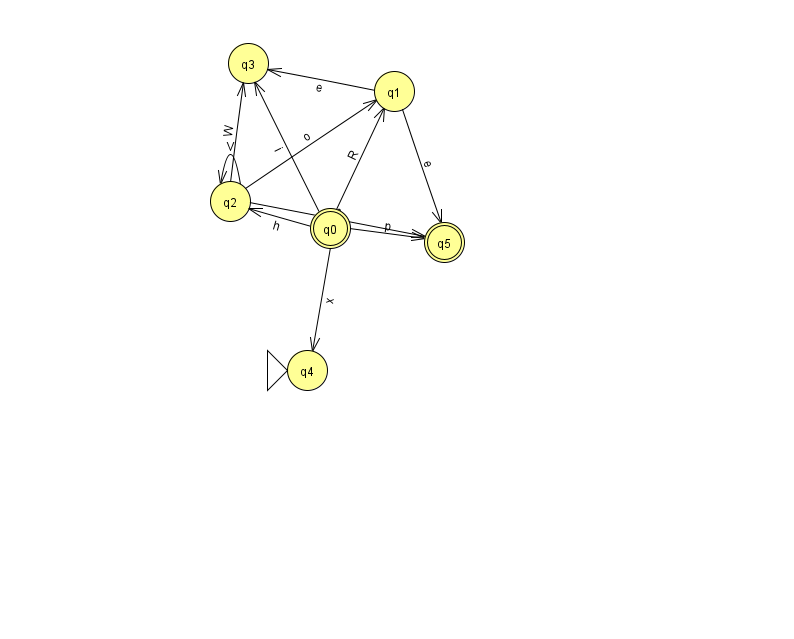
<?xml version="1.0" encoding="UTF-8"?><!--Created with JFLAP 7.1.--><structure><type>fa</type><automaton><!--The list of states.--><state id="0" name="q0"><x>330.0</x><y>215.0</y><final/></state><state id="1" name="q1"><x>394.0</x><y>78.0</y></state><state id="2" name="q2"><x>230.0</x><y>188.0</y></state><state id="3" name="q3"><x>248.0</x><y>50.0</y></state><state id="4" name="q4"><x>307.0</x><y>357.0</y><initial/></state><state id="5" name="q5"><x>444.0</x><y>229.0</y><final/></state><!--The list of transitions.--><transition><from>0</from><to>2</to><read>h</read></transition><transition><from>2</from><to>3</to><read>W</read></transition><transition><from>0</from><to>5</to><read>p</read></transition><transition><from>0</from><to>3</to><read>i</read></transition><transition><from>1</from><to>3</to><read>e</read></transition><transition><from>2</from><to>2</to><read>V</read></transition><transition><from>0</from><to>4</to><read>x</read></transition><transition><from>2</from><to>5</to><read>c</read></transition><transition><from>2</from><to>1</to><read>o</read></transition><transition><from>1</from><to>5</to><read>e</read></transition><transition><from>0</from><to>1</to><read>R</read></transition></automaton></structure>